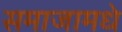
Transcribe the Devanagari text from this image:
समाजामधे